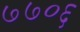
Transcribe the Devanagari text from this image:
७७०६